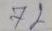
72